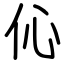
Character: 伈